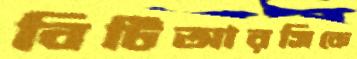
বিটিআরসিকে